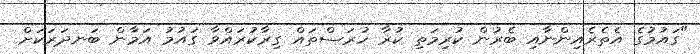
"ގައުމުގެ އެތެރެއިންނާއި ބެރުން ކުރިމަތި ކުރާ ހުރަސްތައް ގިރާކުރައްވާ ގައުމު އަމާން ބަނދަރަކަށް